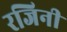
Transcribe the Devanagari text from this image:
रजिनी